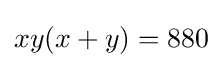
xy(x+y)=880